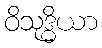
ဝိသုဒ္ဓိယာ